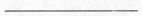
________________